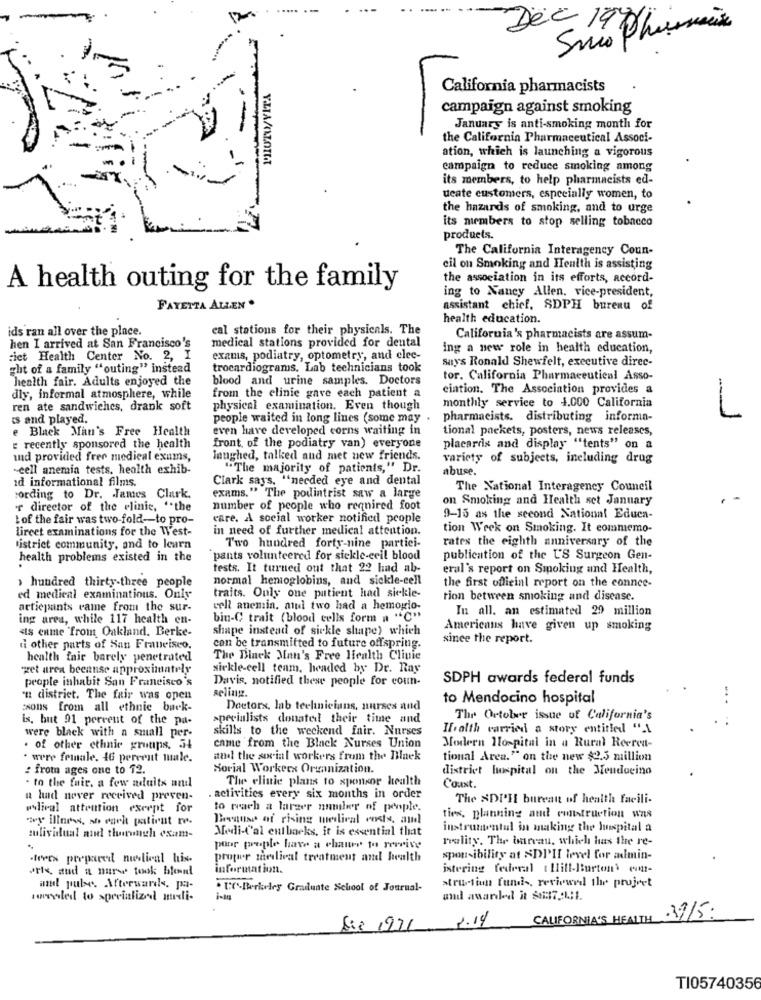
3
California pharmacists
campaign against smoking
January is anti-smoking month for
the California Pharmaceutical Associ-
ation, which is launching a vigorous
campaign to reduce smoking among
its members, to help pharmacists ed-
deate customers, especially women, to
the hazards of smoking, and to urge
its members to stop selling tobacco
products.
The California Interagency Coun-
cil on Smoking and Health is assisting
the association in its efforts, accord-
A health outing for the family
ing to Nancy Allen, vice-president,
FAYETTA ALLEN .
assistant chief. SDPH bureau of
health education.
ids ran all over the place.
cal stations for their physicals. The
medical stations provided for dental
California's pharmacists are assum-
hen I arrived at San Francisco's
ing a new role in health education,
ict Health Center No. 2, I
exams, podiatry, optometry, and elec-
says Ronald Shewfelt, executive direc-
ght of a family "outing" instead
trocardiograms. Lab technicians took
health fair. Adults enjoyed the
blood and urine samples. Doctors
tor. California Pharmaceutical Asso-
ciation. The Association provides a
dly, informal atmosphere, while
from the elinie gave each patient a
monthly service to 4.000 California
ren ate sandwiches, drank soft
physical examination. Even though
ts and played.
people waited in long lines (some may .
pharmacists. distributing informa-
L
e Black Man's Free Health
even have developed corns waiting in
tional packets, posters, news releases,
e recently sponsored the health
front, of the podiatry van) everyone
placards and display "tents" on a
and provided free medical exums,
laughed, talked and met new friends.
variety of subjects, including drug
-cell anemia tests, health exhib-
"The majority of patients," Dr.
abuse.
ad informational films.
Clark says, "needed eye and dental
The National Interagency Council
cording to Dr. James Clark.
exams." The podiatrist saw a large
on Smoking and Health set January
r director of the clinic, "the
number of people who required foot
I of the fair was two-fold -- to pro-
care. A social worker notified people
9-15 as the second National Educa-
lireet examinations for the West-
in need of further medical attention.
tion Week on Smoking. It commemo-
rates the eighth anniversary of the
tistrict community, and to learn
Two hundred forty-nine partici-
health problems existed in the
pants volunteered for sickle-cell blood
publication of the U'S Surgeon Gen-
tests. It turned out that 22 had ab-
eral's report on Smoking and Health,
› hundred thirty-three people
normal hemoglobins, and sickle-cell
the first official report on the connee-
ed medical examinations. Only
traits. Only one patient had sickle-
tion between smoking and disease.
artiepants came from the sur-
cell anemia, atul two had a hemoglo-
In all. an estimated 29 million
ing area, while 117 health en-
bin-C trait (blood cells form a "C"
«ts enme from Oakland. Berke-
shape instead of sickle shape) which
Americans have given up smoking
since the report.
il other parts of San Francisco.
can be transmitted to future offspring.
health fair barely penetrated
The Dinck Man's Free Health Clinic
zet area because approximately
sickle-cell team, headed by Dr. Ray
people inhabit San Francisco's
Davis, notified these people for coun-
SDPH awards federal funds
selingz.
'n district. The fair was open
to Mendocino hospital
sons from all ethnic buck-
Doctorx, lab technicians, nurses and
is. but 91 percent of the pa-
specialists donated their time and
The October issue of California's
were black with a small per-
skills to the weekend fair. Nurses
If.alth carried a story entitled ".1
came from the Black Nurses Union
. of other ethnic grutips, 54
Modern Hospital in a Rural Recrea-
· were female. 46 percent muale.
and the social workers from the Black
tional Area." on the new $2.5 million
: from ages one to 12.
Sorial Workers Organization.
district lupital on the Mendocino
The clinic plans to sponsor health
- to the fair. a few adults and
Coast.
u had never received preven-
activities every six months in order
The SDPH bureau of health facili-
wlical attention except for
to wach a larger number of people.
"y" illness, so each patient r.
Because of rising medical costs, and
ties, planning and construction was
Medi-Cal entbacks, it is essential that
instrumental in making the hospital a
zulividual and thorough exam-
reality. The barvau, which has the re-
pour people have a chance to receive
terex prepared nudlival his
proper mardlival treatment and health
spousibility at &DIII level for admin-
eris, and a nurse took blond
information.
istering federal t llill-Burton' con-
and pulse. Afterwards, pa-
. L-Berlinley Graduate School of Journal-
structiun funds, reviewed the project
sonoled to specialized midi-
and awarded it $8:17.4:1.
1.14
CALIFORNIA'S HEALTH
. 39/5:
Sie 1971
TI05740356